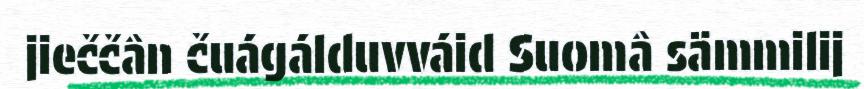
jieččân čuágálduvváid Suomâ sämmilij